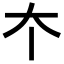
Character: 𡗔